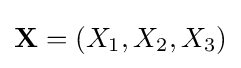
\mathbf {X} =\left(X_{1},X_{2},X_{3}\right)